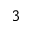
_ 3